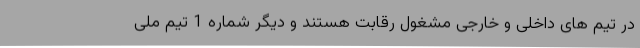
در تیم های داخلی و خارجی مشغول رقابت هستند و دیگر شماره 1 تیم ملی